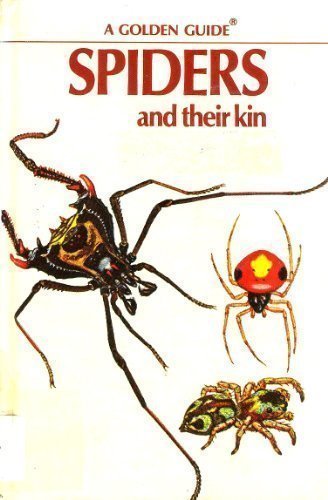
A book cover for Spiders and Their Kin (Golden Guide); Herbert Walter Levi; Sports & Outdoors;